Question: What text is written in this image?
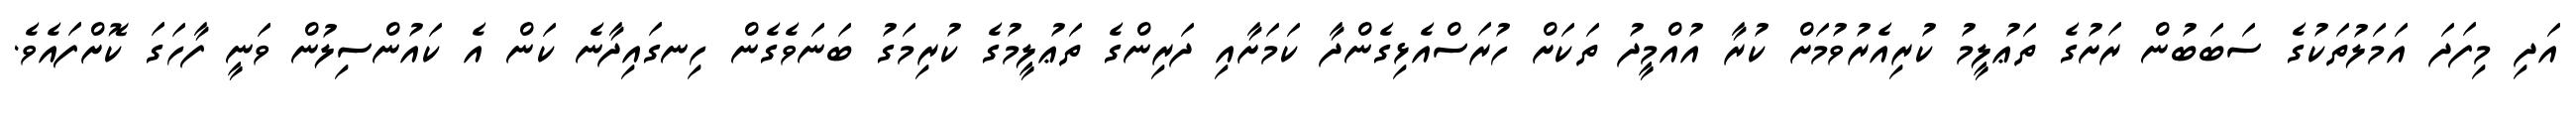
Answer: އަދި މިފަދަ އަމަލުތަކުގެ ސަބަބުން ރަށުގެ ތަޢުލީމު ކުރިއެރުވުމަށް ކުރާ އުއްމީދު ތަކަށް ހުރަސްއެޅިގެންދާ ކަމަށާއި ދަރިންގެ ތަޢުލީމުގެ ކުރިމަގު ބަނަވެގެން ހިނގައިދާނެ ކަން އެ ކައުންސިލުން ވަނީ ފާހަގަ ކޮށްފައެވެ.